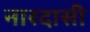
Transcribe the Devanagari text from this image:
नारदासी